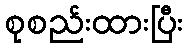
စုစည်းထားပြီး